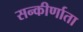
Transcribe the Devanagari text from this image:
सन्कीर्णाता